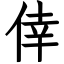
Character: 倖